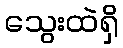
သွေးထဲရှိ